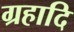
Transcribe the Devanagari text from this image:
ग्रहादि